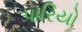
પારિયો